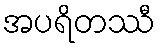
အပရိတဿီ